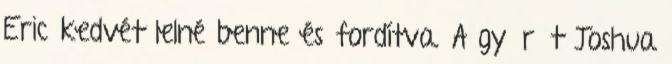
Eric kedvét lelné benne és fordítva. A gyűrűt Joshua